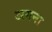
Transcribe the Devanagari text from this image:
अमना